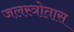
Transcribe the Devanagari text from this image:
जलस्त्रोतास